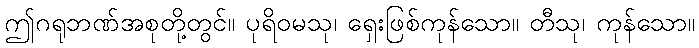
ဤဂရုဘဏ်အစုတို့တွင်။ ပုရိဝမသု၊ ရှေးဖြစ်ကုန်သော။ တီသု၊ ကုန်သော။